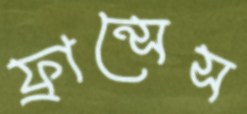
ফ্রান্সেস